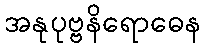
အနုပုဗ္ဗနိရောဓေန